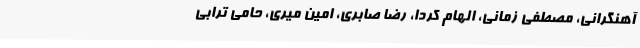
آهنگرانی، مصطفی زمانی،‌ الهام کردا، رضا صابری، امین میری‌، حامی ترابی